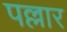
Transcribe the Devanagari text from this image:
पल्लार